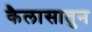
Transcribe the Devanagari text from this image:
कैलासातुन